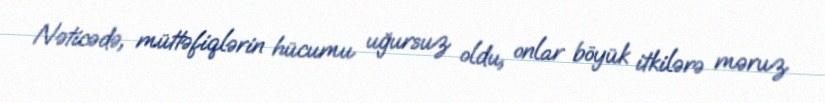
Nəticədə, müttəfiqlərin hücumu uğursuz oldu, onlar böyük itkilərə məruz